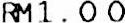
RM1.00